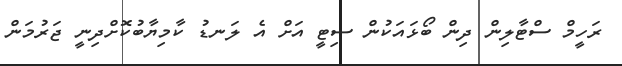
ރަހީމް ސްޓާލިން ދިން ބޯޅައަަކުން ސިޓީ އަށް އެ ލަނޑު ކާމިޔާބުކޮށްދިނީ ޖަރުމަން